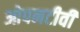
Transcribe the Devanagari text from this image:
ओपनटीवी